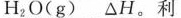
H_{2}O(g) △H。利